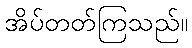
အိပ်တတ်ကြသည်။